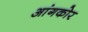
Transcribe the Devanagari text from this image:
आंगकोर